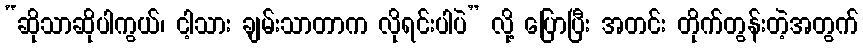
“ဆိုသာဆိုပါကွယ်၊ ငါ့သား ချမ်းသာတာက လိုရင်းပါပဲ” လို့ ပြောပြီး အတင်း တိုက်တွန်းတဲ့အတွက်